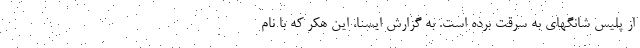
از پلیس شانگهای به سرقت برده است. به گزارش ایسنا، این هکر که با نام